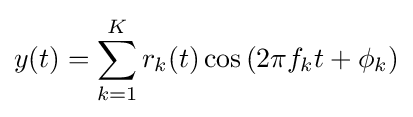
y(t)=\sum _{k=1}^{K}r_{k}(t)\cos \left(2\pi f_{k}t+\phi _{k}\right)